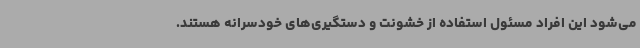
می‌شود این افراد مسئول استفاده از خشونت و دستگیری‌های خودسرانه هستند.